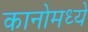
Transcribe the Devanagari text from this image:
कानोमध्ये